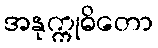
အနုက္ကုဓိတော